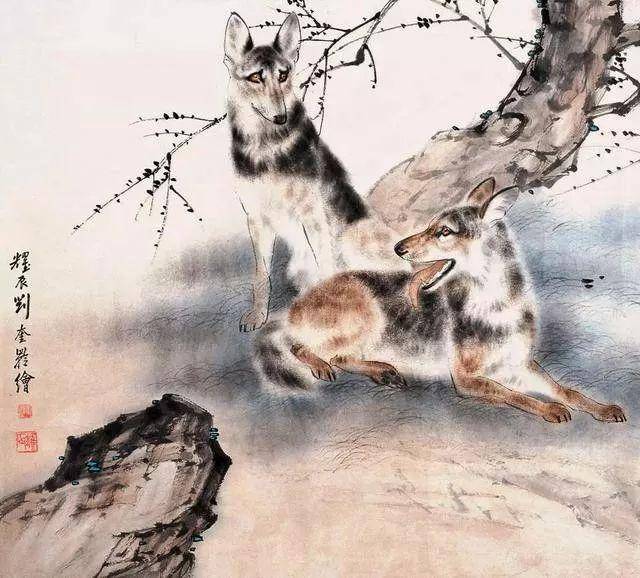
之子归穷泉，重壤永幽隔。